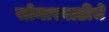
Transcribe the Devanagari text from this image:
सोनारवाडीचे